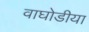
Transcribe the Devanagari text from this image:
वाघोडीया